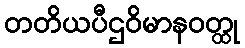
တတိယပီဌဝိမာနဝတ္ထု